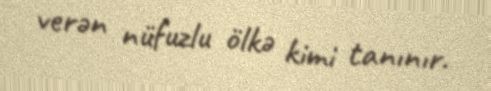
verən nüfuzlu ölkə kimi tanınır.